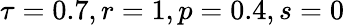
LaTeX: \tau=0.7,r=1,p=0.4,s=0